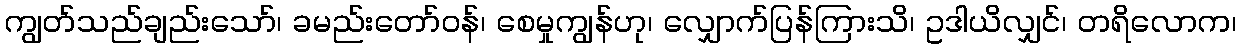
ကျွတ်သည်ချည်းသော်၊ ခမည်းတော်ဝန်၊ စေမှုကျွန်ဟု၊ လျှောက်ပြန်ကြားသိ၊ ဥဒါယိလျှင်၊ တရိလောက၊